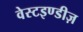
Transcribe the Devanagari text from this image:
वेस्टइण्डीज़